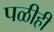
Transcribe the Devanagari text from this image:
पळीही